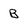
Character: B